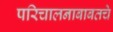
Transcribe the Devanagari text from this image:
परिचालनाबाबतचे